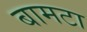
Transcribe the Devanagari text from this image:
बामटा